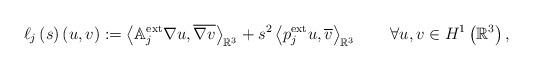
LaTeX: \begin{align*}\ell_{j}\left( s\right) \left( u,v\right) :=\left\langle \mathbb{A}_{j}^{\operatorname*{ext}}\nabla u,\overline{\nabla v}\right\rangle_{\mathbb{R}^{3}}+s^{2}\left\langle p_{j}^{\operatorname*{ext}}u,\overline{v}\right\rangle _{\mathbb{R}^{3}}\qquad\forall u,v\in H^{1}\left(\mathbb{R}^{3}\right) ,\end{align*}